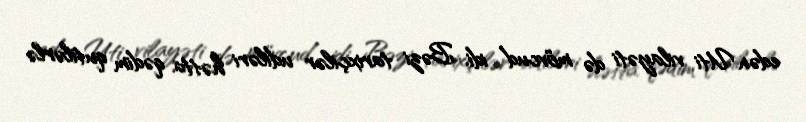
edən Uti vilayəti də mövcud idi. Bəzi tarixçilər udiləri hətta qədim qutilərlə